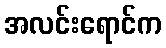
အလင်းရောင်က